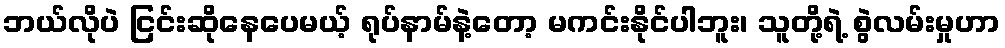
ဘယ်လိုပဲ ငြင်းဆိုနေပေမယ့် ရုပ်နာမ်နဲ့တော့ မကင်းနိုင်ပါဘူး၊ သူတို့ရဲ့ စွဲလမ်းမှုဟာ